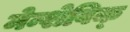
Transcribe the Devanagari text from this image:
मेन्शेविक्